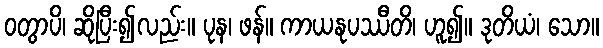
ဝတွာပိ၊ ဆိုပြီး၍လည်း။ ပုန၊ ဖန်။ ကာယနုပဿီတိ၊ ဟူ၍။ ဒုတိယံ၊ သော။